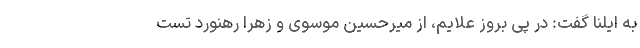
به ایلنا گفت: در پی بروز علایم، از میرحسین موسوی و زهرا رهنورد تست